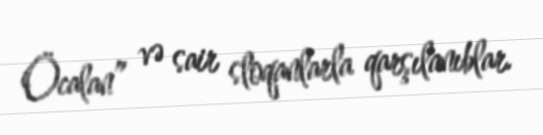
Öcalan” və sair sloqanlarla qarşılanıblar.